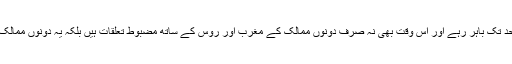
یہ دونوں ممالک پچھلی سرد جنگ سے بھی کافی حد تک باہر رہے اور اس وقت بھی نہ صرف دونوں ممالک کے مغرب اور روس کے ساتھ مضبوط تعلقات ہیں بلکہ یہ دونوں ممالک اپنے باہمی تعلقات کو بھی بہت بہتر بنا رہے ہیں۔